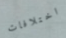
اختلافات